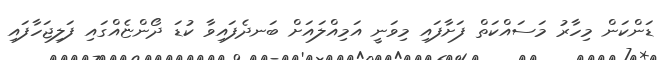
ޑަންކަން މިހާރު މަސައްކަތް ފަށާފައި މިވަނީ އަމިއްލައަށް ބަނދެފައިވާ ކުޑަ ދޯންޏެއްގައި ފަލިޖަހާފައި